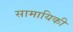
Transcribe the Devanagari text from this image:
सामायिकी